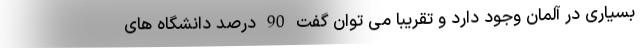
بسیاری در آلمان وجود دارد و تقریبا می توان گفت 90 درصد دانشگاه های